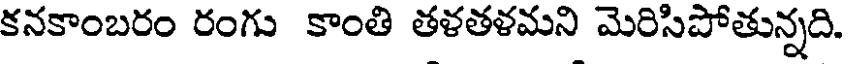
కనకాంబరం రంగు కాంతి తళతళమని మెరిసిపోతున్నది.